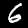
Label: 6